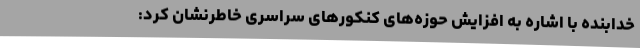
خدابنده با اشاره به افزایش حوزه‌های کنکورهای سراسری خاطرنشان کرد: